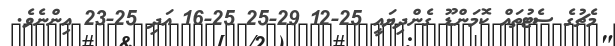
މެޗުގެ ސެޓުތައް ކޮމަންޑޫ ގެންދިޔައީ 25-12 29-25 25-16 އަދި 25-23 އިންނެވެ.